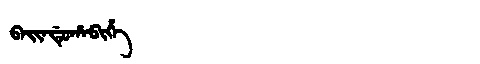
Manchu: ᠪᠠᡳᠨᡩᡠᡥᠠᠪᡳᡥᡝ
Romanization: BAINDUHABIHE